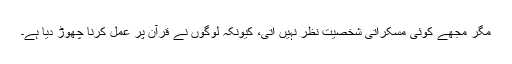
مگر مجھے کوئی مسکراتی شخصیت نظر نہیں آتی، کیونکہ لوگوں نے قرآن پر عمل کرنا چھوڑ دیا ہے۔